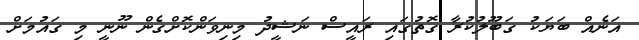
އަނެއް ބަޔަކު ގަބޫލުކުރާ ގޮތުގައި ރައީސް ނަޝީދު މިނިވަންކޮށްގެން ނޫނީ މި ގައުމަށް